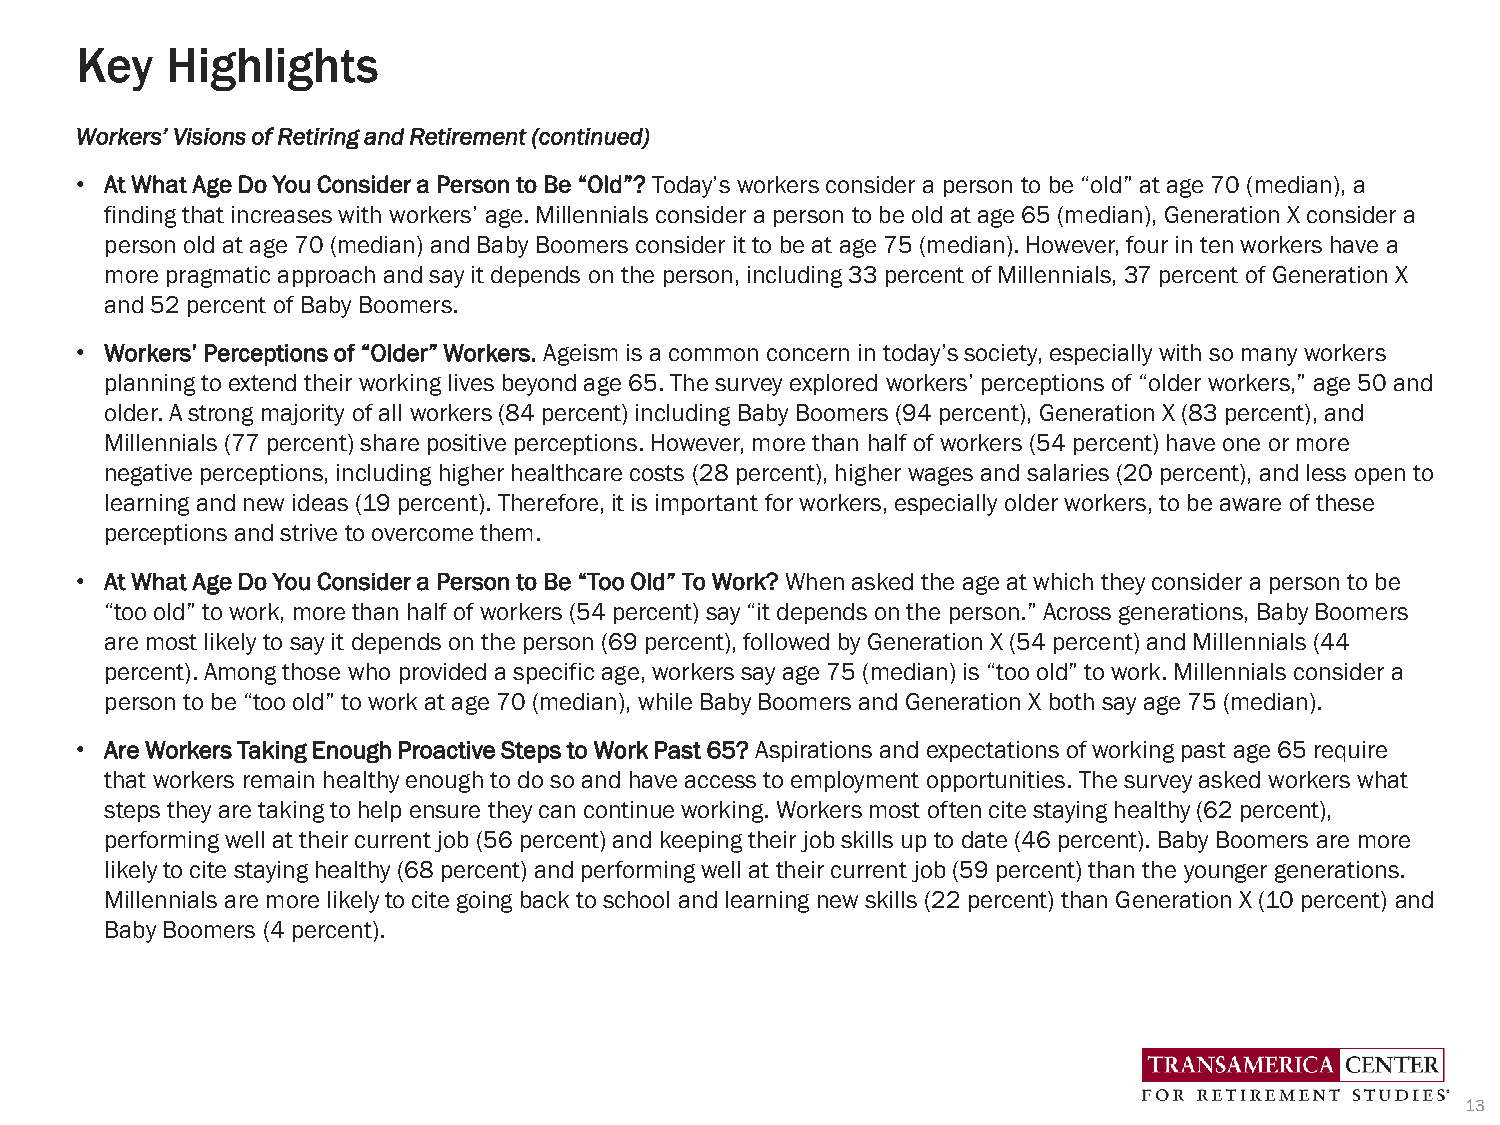
Key   Highlights
 Workers’ Visions of Retiring and Retirement (continued)
 • At What Age Do You Consider a Person to Be “Old”?Today’s workers consider a person to be “old” at age 70 (median), a
 finding that increases with workers’ age. Millennials consider a person to be old at age 65 (median), Generation X consider a
 person old at age 70 (median) and Baby Boomers consider it to be at age 75 (median). However, four in ten workers have a
 more pragmatic approach and say it depends on the person, including 33 percent of Millennials, 37 percent of Generation X
 and 52 percent of Baby Boomers.
 • Workers’ Perceptions of “Older” Workers.Ageism is a common concern in today’s society, especially with so many workers
 planning to extend their working lives beyond age 65. The survey explored workers’ perceptions of “older workers,” age 50 and
 older. A strong majority of all workers (84 percent) including Baby Boomers (94 percent), Generation X (83 percent), and
 Millennials (77 percent) share positive perceptions. However, more than half of workers (54 percent) have one or more
 negative perceptions, including higher healthcare costs (28 percent), higher wages and salaries (20 percent), and less open to
 learning and new ideas (19 percent). Therefore, it is important for workers, especially older workers, to be aware of these
 perceptions and strive to overcome them.
 • At What Age Do You Consider a Person to Be “Too Old” To Work?When asked the age at which they consider a person to be
 “too old” to work, more than half of workers (54 percent) say “it depends on the person.” Across generations, Baby Boomers
 are most likely to say it depends on the person (69 percent), followed by Generation X (54 percent) and Millennials (44
 percent). Among those who provided a specific age, workers say age 75 (median) is “too old” to work. Millennials consider a
 person to be “too old” to work at age 70 (median), while Baby Boomers and Generation X both say age 75 (median).
 • Are Workers Taking Enough Proactive Steps to Work Past 65? Aspirations and expectations of working past age 65 require
 that workers remain healthy enough to do so and have access to employment opportunities. The survey asked workers what
 steps they are taking to help ensure they can continue working. Workers most often cite staying healthy (62 percent),
 performing well at their current job (56 percent) and keeping their job skills up to date (46 percent). Baby Boomers are more
 likely to cite staying healthy (68 percent) and performing well at their current job (59 percent) than the younger generations.
 Millennials are more likely to cite going back to school and learning new skills (22 percent) than Generation X (10 percent) and
 Baby Boomers (4 percent).
 13